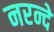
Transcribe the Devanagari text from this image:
नरन्दे